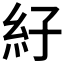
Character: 𰫙